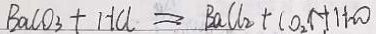
B a C O _ { 3 } + H C l = B a C l _ { 2 } + C O _ { 2 } \uparrow + H _ { 2 } O